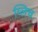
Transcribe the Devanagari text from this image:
ग्लिच